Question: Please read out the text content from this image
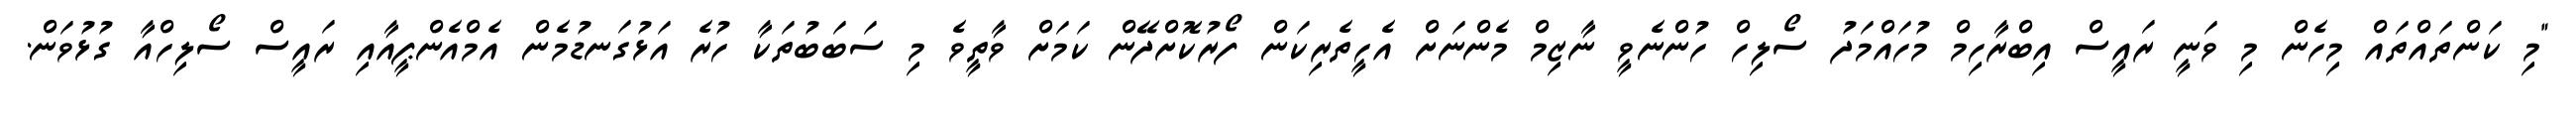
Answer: "މި ކަންތައްތައް މިހެން މި ވަނީ ރައީސް އިބްރާހިމް މުހައްމަދު ސޯލިހް ހުންނެވީ ނާޒިމް މެންނަށް އެހީތެރިކަން ފޯރުކޮށްދޭން ކަމަށް ވާތީވެ މި ސަބަބުތަކާ ހުރެ އަޅުގަނޑުމެން އެމްއެންޕީއާއި ރައީސް ސޯލިހްއާ ގުޅުވަން.